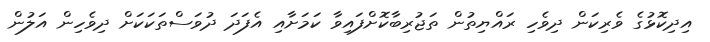
އިދިކޮޅުގެ ވެރިކަން ދިވެހި ރައްޔިތުން ތަޖުރިބާކޮށްފައިވާ ކަމަށާއި އެފަދަ ދުވަސްތަކަކަށް ދިވެހިން އަލުން